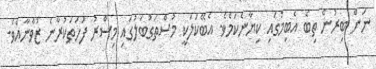
ނަން ބިރުން ތިބެ އެބިމުގައި ކިޔާނެކަމެވެ. އެބޭކަލަކީ މުސްތަގުބަލުގައި މިސްރު ފަހަތަކުރާނެ ޒުވާނާއެވެ.